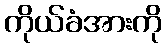
ကိုယ်ခံအားကို